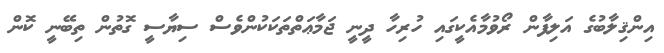
އިންޤިލާބުގެ އަލިފާން ރޯވުމާއެކީގައި ހުރިހާ ދީނީ ޖަމާޢަތްތަކަކުންވެސް ސިޔާސީ ގޮތުން ތިބޭނީ ކޮން